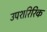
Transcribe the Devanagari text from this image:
उपशरिरिक